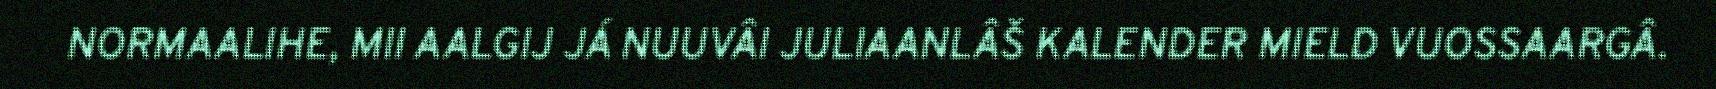
NORMAALIHE, MII AALGIJ JÁ NUUVÂI JULIAANLÂŠ KALENDER MIELD VUOSSAARGÂ.